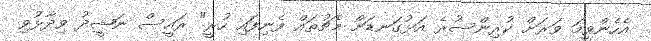
އެހެންވީމަ ވަރަށް ކުރިންސުރެ އަޅުގަނޑަށް މެޗުތައް ފެނިފައި ހުރީ" ރައީސް ނަޝީދު ވިދާޅުވި